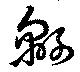
綿